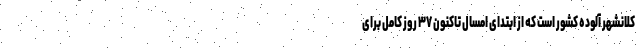
کلانشهر آلوده کشور است که از ابتدای امسال تاکنون ۳۷ روز کامل برای